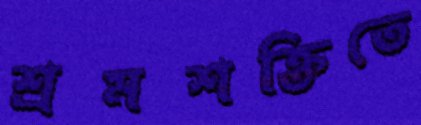
শ্রমশক্তিতে